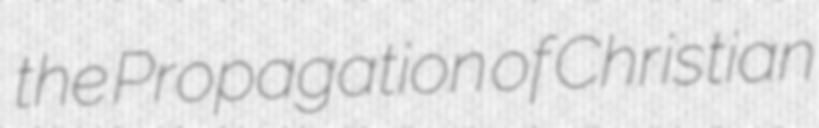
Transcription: the Propagation of Christian